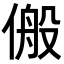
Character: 𬿆